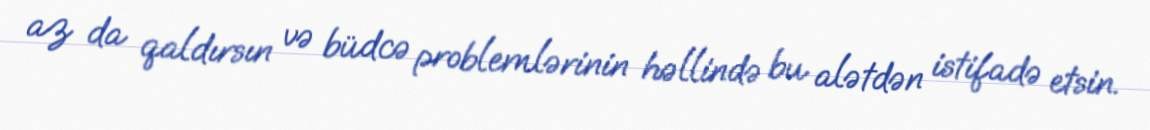
az da qaldırsın və büdcə problemlərinin həllində bu alətdən istifadə etsin.